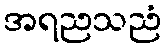
အရညသညံ